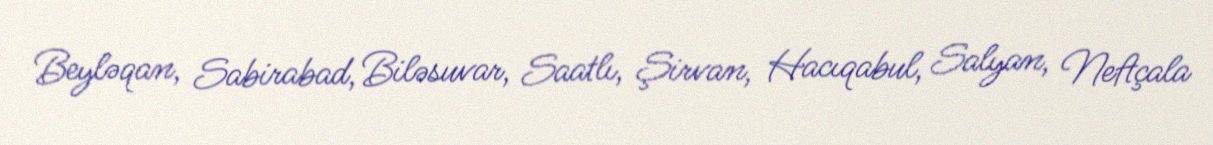
Beyləqan, Sabirabad, Biləsuvar, Saatlı, Şirvan, Hacıqabul, Salyan, Neftçala